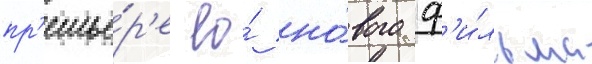
пр'емье́р'е ео́ но́вого ф'и́льма